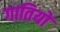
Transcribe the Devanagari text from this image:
गातियों